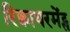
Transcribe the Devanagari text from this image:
रिक्वायरमेंट्स